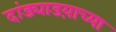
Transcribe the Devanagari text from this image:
दांड्याडय़ाच्या